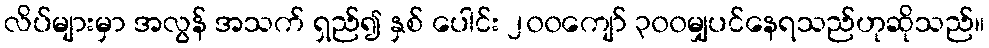
လိပ်များမှာ အလွန် အသက် ရှည်၍ နှစ် ပေါင်း ၂၀၀ကျော် ၃၀၀မျှပင်နေရသည်ဟုဆိုသည်။